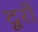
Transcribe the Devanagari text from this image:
दूरों